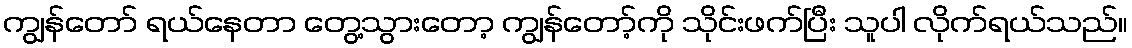
ကျွန်တော် ရယ်နေတာ တွေ့သွားတော့ ကျွန်တော့်ကို သိုင်းဖက်ပြီး သူပါ လိုက်ရယ်သည်။